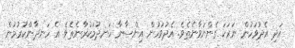
އަދި އެދުވަހުން ނަރަކަ ގެންނަވާނެތެވެ. އެދުވަހުން އިންސާނާ ހަނދުމަކުރާނެތެވެ. އެ ހަނދާންކުރުމުން